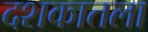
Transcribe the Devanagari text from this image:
दशकातला